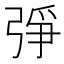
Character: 𢏰